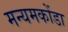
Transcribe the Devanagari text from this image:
मन्यमकोंडा